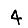
Digit: 4